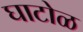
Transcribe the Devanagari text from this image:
घाटोळ